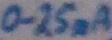
Text: 0.25mA